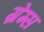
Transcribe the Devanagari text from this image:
ग्रेग्स